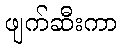
ဖျက်ဆီးကာ